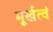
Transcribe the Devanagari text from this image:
मूर्खत्वं